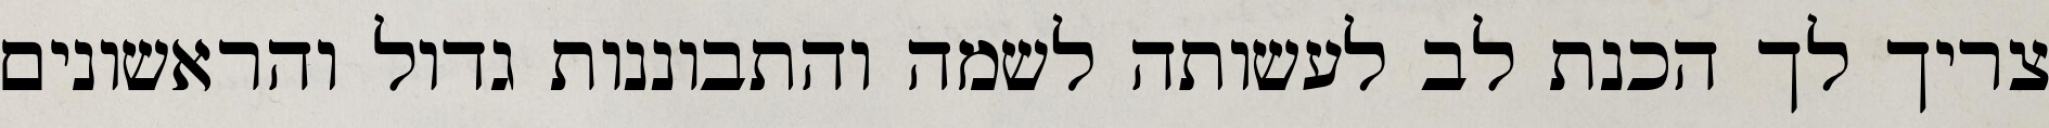
צריך לך הכנת לב לעשותה לשמה והתבוננות גדול והראשונים